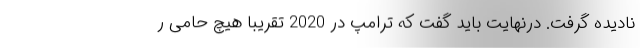
نادیده گرفت. درنهایت باید گفت که ترامپ در 2020 تقریباً هیچ حامی ر